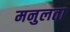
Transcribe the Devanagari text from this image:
मनुलता